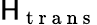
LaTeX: \mathsf{H}_{\mathrm{{~t~r~a~n~s~}}}